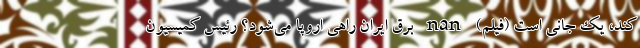
کند، یک جانی است (فیلم) nan برق ایران راهی اروپا می‌شود؟ رئیس کمیسیون